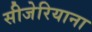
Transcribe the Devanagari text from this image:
सीजेरियाना